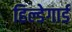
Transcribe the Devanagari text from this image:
हिल्डेगार्ड